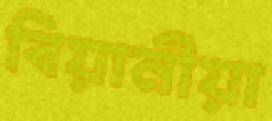
বিয়ানীয়া